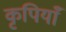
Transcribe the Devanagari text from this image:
कृपियाँ